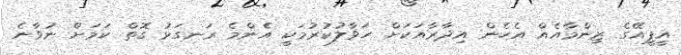
އީޕީއޭގެ ޒިންމާއެއް އެހެން އިދާރާއަކަށް ހަވާލުކުރުމަކީ އެންމެ ރަނގަޅު ގޮތް ކަމަށް ނުވާނެ